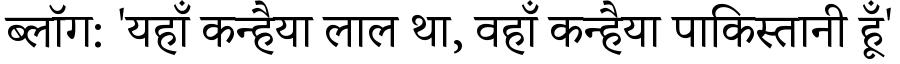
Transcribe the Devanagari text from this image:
ब्लॉग: 'यहाँ कन्हैया लाल था, वहाँ कन्हैया पाकिस्तानी हूँ'